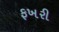
ફખરી